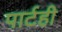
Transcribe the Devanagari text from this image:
पार्टही